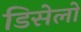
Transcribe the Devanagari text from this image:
डिसेलो